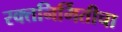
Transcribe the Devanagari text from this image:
रक्तनिर्मितीचा